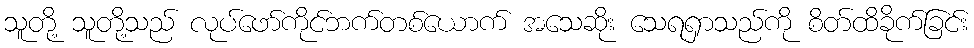
သူတို့ သူတို့သည် လုပ်ဖော်ကိုင်ဘက်တစ်ယောက် အသေဆိုး သေရရှာသည်ကို စိတ်ထိခိုက်ခြင်း